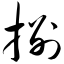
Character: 捌